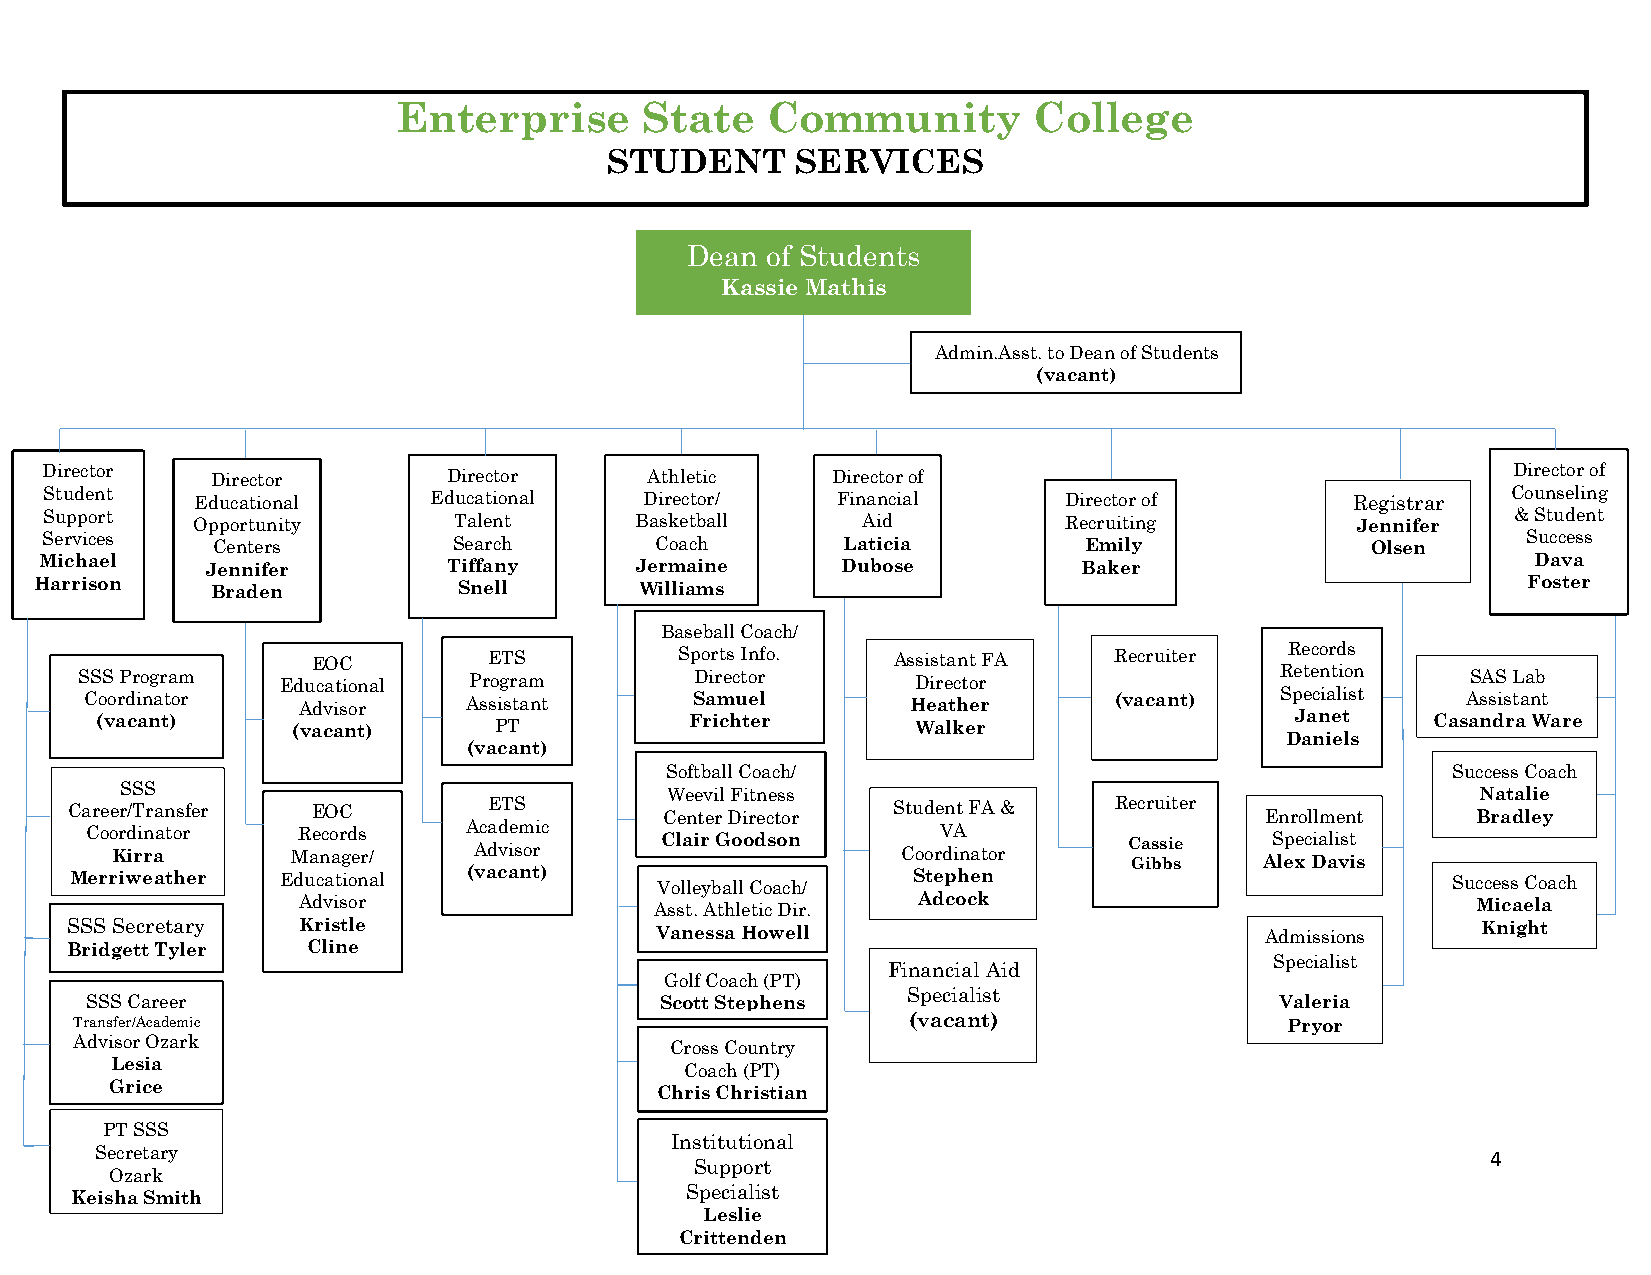
Enterprise       State   Community        College
 STUDENT      SERVICES
 Dean  of Students
 Kassie Mathis
 Admin.Asst. to Dean of Students
 (vacant)
 Director   Director        Director     Athletic    Director of                                  Director of
 Student   Educational    Educational    Director/   Financial      Director of         Registrar Counseling
 Support   Opportunity      Talent      Basketball     Aid          Recruiting          Jennifer  & Student
 Services   Centers         Search       Coach        Laticia         Emily              Olsen     Success
 Michael    Jennifer        Tiffany     Jermaine      Dubose          Baker                         Dava
 Harrison    Braden          Snell       Williams                                                   Foster
 Baseball Coach/
 EOC        ETS          Sports Info.  Assistant FA   Recruiter  Records
 SSS Program   Educational Program        Director       Director                Retention   SAS Lab
 Coordinator   Advisor    Assistant      Samuel        Heather       (vacant)   Specialist  Assistant
 (vacant)     (vacant)      PT           Frichter       Walker                   Janet    Casandra Ware
 Daniels
 (vacant)
 Softball Coach/                                     Success Coach
 SSS                                 Weevil Fitness                                        Natalie
 Career/Transfer  EOC        ETS         Center Director Student FA &  Recruiter Enrollment    Bradley
 Coo Krd irin raa tor MR ae nco ar gd es
 r /
 A Aca dd vie sm oric Clair Goodson CoorV diA
 n ator
 C Ga is
 b
 s bi se AS lep xec Dia ali vst
 i s
 Merriweather  Educational (vacant)    Volleyball Coach/ Stephen                            Success Coach
 Advisor                Asst. Athletic Dir. Adcock                             Micaela
 SSS Secretary   Kristle                Vanessa Howell                           Admissions    Knight
 Bridgett Tyler  Cline
 Specialist
 Financial Aid
 Golf Coach (PT)
 Specialist
 SSS Career                            Scott Stephens                           Valeria
 Transfer/Academic                                      (vacant)                 Pryor
 Advisor Ozark                          Cross Country
 Lesia
 Coach (PT)
 Grice
 Chris Christian
 PT SSS
 Institutional
 Secretary                                                                                    4
 Support
 Ozark
 Specialist
 Keisha Smith
 Leslie
 Crittenden